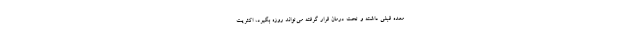
معده قبلی داشته و تحت درمان قرار گرفته می‌تواند روزه بگیرد، اکثریت